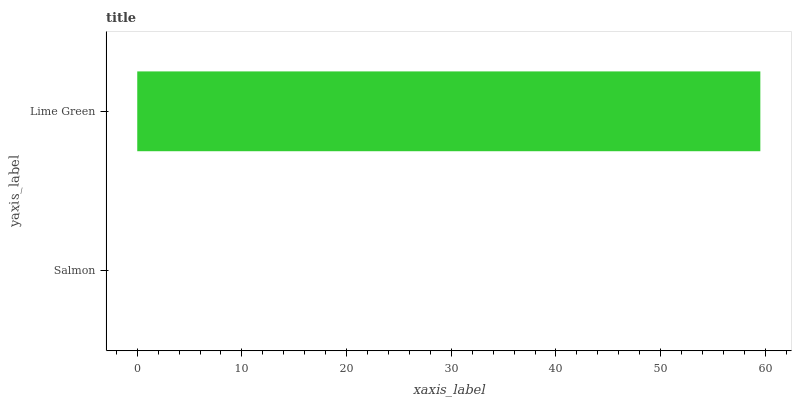
| yaxis_label | bars |
 | --- | --- |
 | Salmon | 0 |
 | Lime Green | 59.5 |